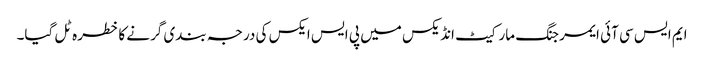
ایم ایس سی آئی ایمرجنگ مارکیٹ انڈیکس میں پی ایس ایکس کی درجہ بندی گرنے کا خطرہ ٹل گیا۔